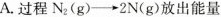
A. 过程N_{2}(g)\to2N(g)放出能量